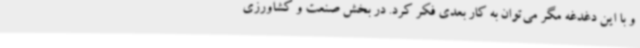
و با این دغدغه مگر می‌توان به کار بعدی فکر کرد. در بخش صنعت و کشاورزی